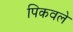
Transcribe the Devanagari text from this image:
पिकवले